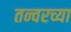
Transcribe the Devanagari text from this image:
तन्वरच्या